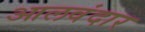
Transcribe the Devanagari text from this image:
आलवंदार